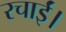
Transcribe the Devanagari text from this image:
रचाईं।